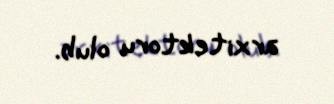
arxitektoru olub.